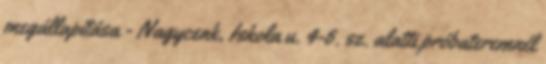
megállapítása - Nagycenk, Iskola u. 4-6. sz. alatti próbateremnél